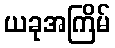
ယခုအကြိမ်